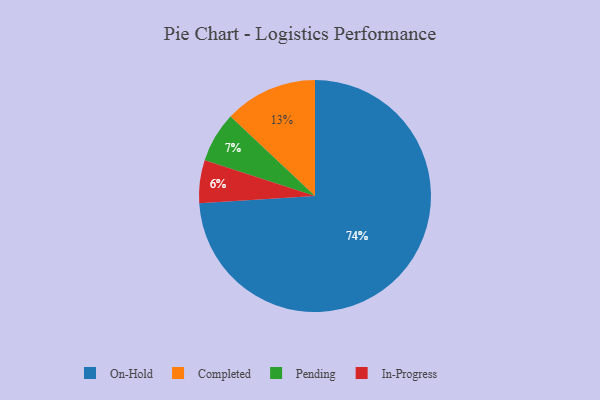
{"axis": {"x": "Category", "y": "Percentage"}, "legend": ["Completed", "In-Progress", "On-Hold", "Pending"], "data": [{"x": "In-Progress", "y": 6, "type": "In-Progress"}, {"x": "Completed", "y": 13, "type": "Completed"}, {"x": "Pending", "y": 7, "type": "Pending"}, {"x": "On-Hold", "y": 74, "type": "On-Hold"}]}